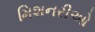
મિશનરીઓ